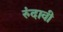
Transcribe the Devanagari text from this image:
रुंदावी